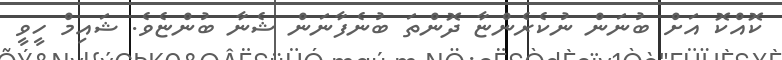
ކޮއްކޮ އަށް ބުނަން ނުކެރެންޏާ ދޮންތަ ބުނެފާނަން ޝެނާ ބުންޏެވެ. ޝައިމް ހީވީ